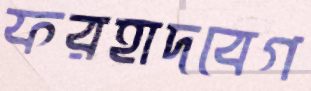
ফরহাদবেগ